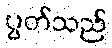
ပွတ်သည်